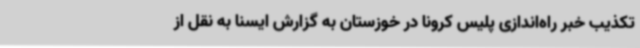
تکذیب خبر راه‌اندازی پلیس کرونا در خوزستان به گزارش ایسنا به نقل از